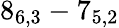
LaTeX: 8_{6,3}-7_{5,2}